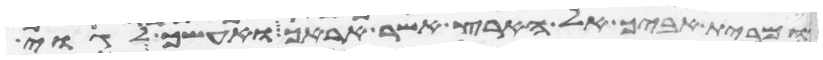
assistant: ומבית אביך אל הארץ אשר אראך ואעשך לגוי